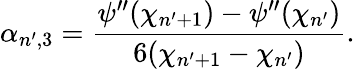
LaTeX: \alpha_{n^{\prime},3}=\frac{\psi^{\prime\prime}(\chi_{n^{\prime}+1})-\psi^{\prime\prime}(\chi_{n^{\prime}})}{6(\chi_{n^{\prime}+1}-\chi_{n^{\prime}})}.